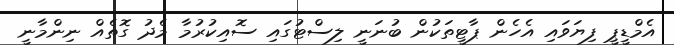
އެމްޑީޕީ ފިޔަވައި އެހެން ޕާޓީތަކުން ބުނަނީ ލިސްޓުގައި ސޮއިކުރުމާ މެދު ގޮތެއް ނިންމާނީ